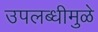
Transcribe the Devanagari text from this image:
उपलब्धीमुळे